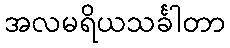
အလမရိယသင်္ခါတာ